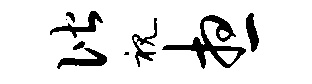
偕视想